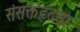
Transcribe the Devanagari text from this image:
संसक्तहृदयाः